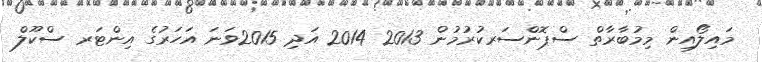
މައިލޯއިން މިމުބާރާތް ސްޕޮންސަރކުރުމުން 2013 2014 އަދި 2015ވަނަ އަހަރުގެ އިންޓަރ ސްކޫލް